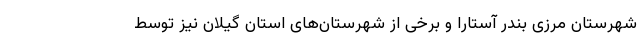
شهرستان مرزی بندر آستارا و برخی از شهرستان‌های استان گیلان نیز توسط